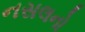
નસલનો